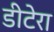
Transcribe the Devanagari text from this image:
डीटेरा